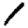
Digit: 1